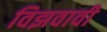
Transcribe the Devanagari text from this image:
विझवावी